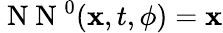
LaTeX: \mathrm{~N~N~}^{0}({\mathbf x},t,{\mathbf\phi})={\mathbf x}